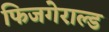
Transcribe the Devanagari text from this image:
फिजगेराल्ड